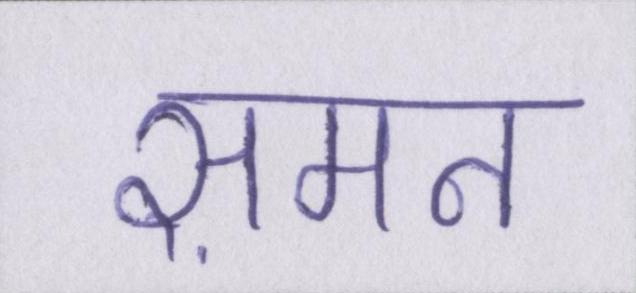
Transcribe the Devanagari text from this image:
समन